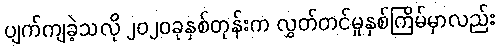
ပျက်ကျခဲ့သလို ၂၀၂၀ခုနှစ်တုန်းက လွှတ်တင်မှုနှစ်ကြိမ်မှာလည်း